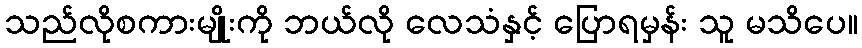
သည်လိုစကားမျိုးကို ဘယ်လို လေသံနှင့် ပြောရမှန်း သူ မသိပေ။